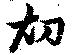
初